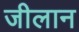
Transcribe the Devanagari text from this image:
जीलान